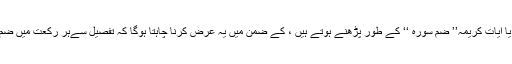
ہر اُس نماز ،جس میں سورہ فاتحہ کے بعد قرآن پاک کی کوئی سورت یا آیات کریمہ’’ ضم سورہ ‘‘ کے طور پڑھنے ہوتے ہیں ، کے ضمن میں یہ عرض کرنا چاہتا ہوگا کہ تفصیل سےہر رکعت میں ضم سورہ پڑھنے کی ترتیب و ترکیب سے شرعی طور روشناس فرمائیں۔